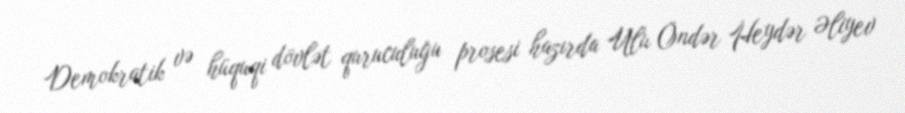
Demokratik və hüquqi dövlət quruculuğu prosesi hazırda Ulu Öndər Heydər Əliyev